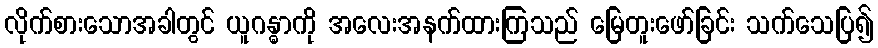
လိုက်စားသောအခါတွင် ယူဂန္ဓာကို အလေးအနက်ထားကြသည် မြေတူးဖော်ခြင်း သက်သေပြ၍